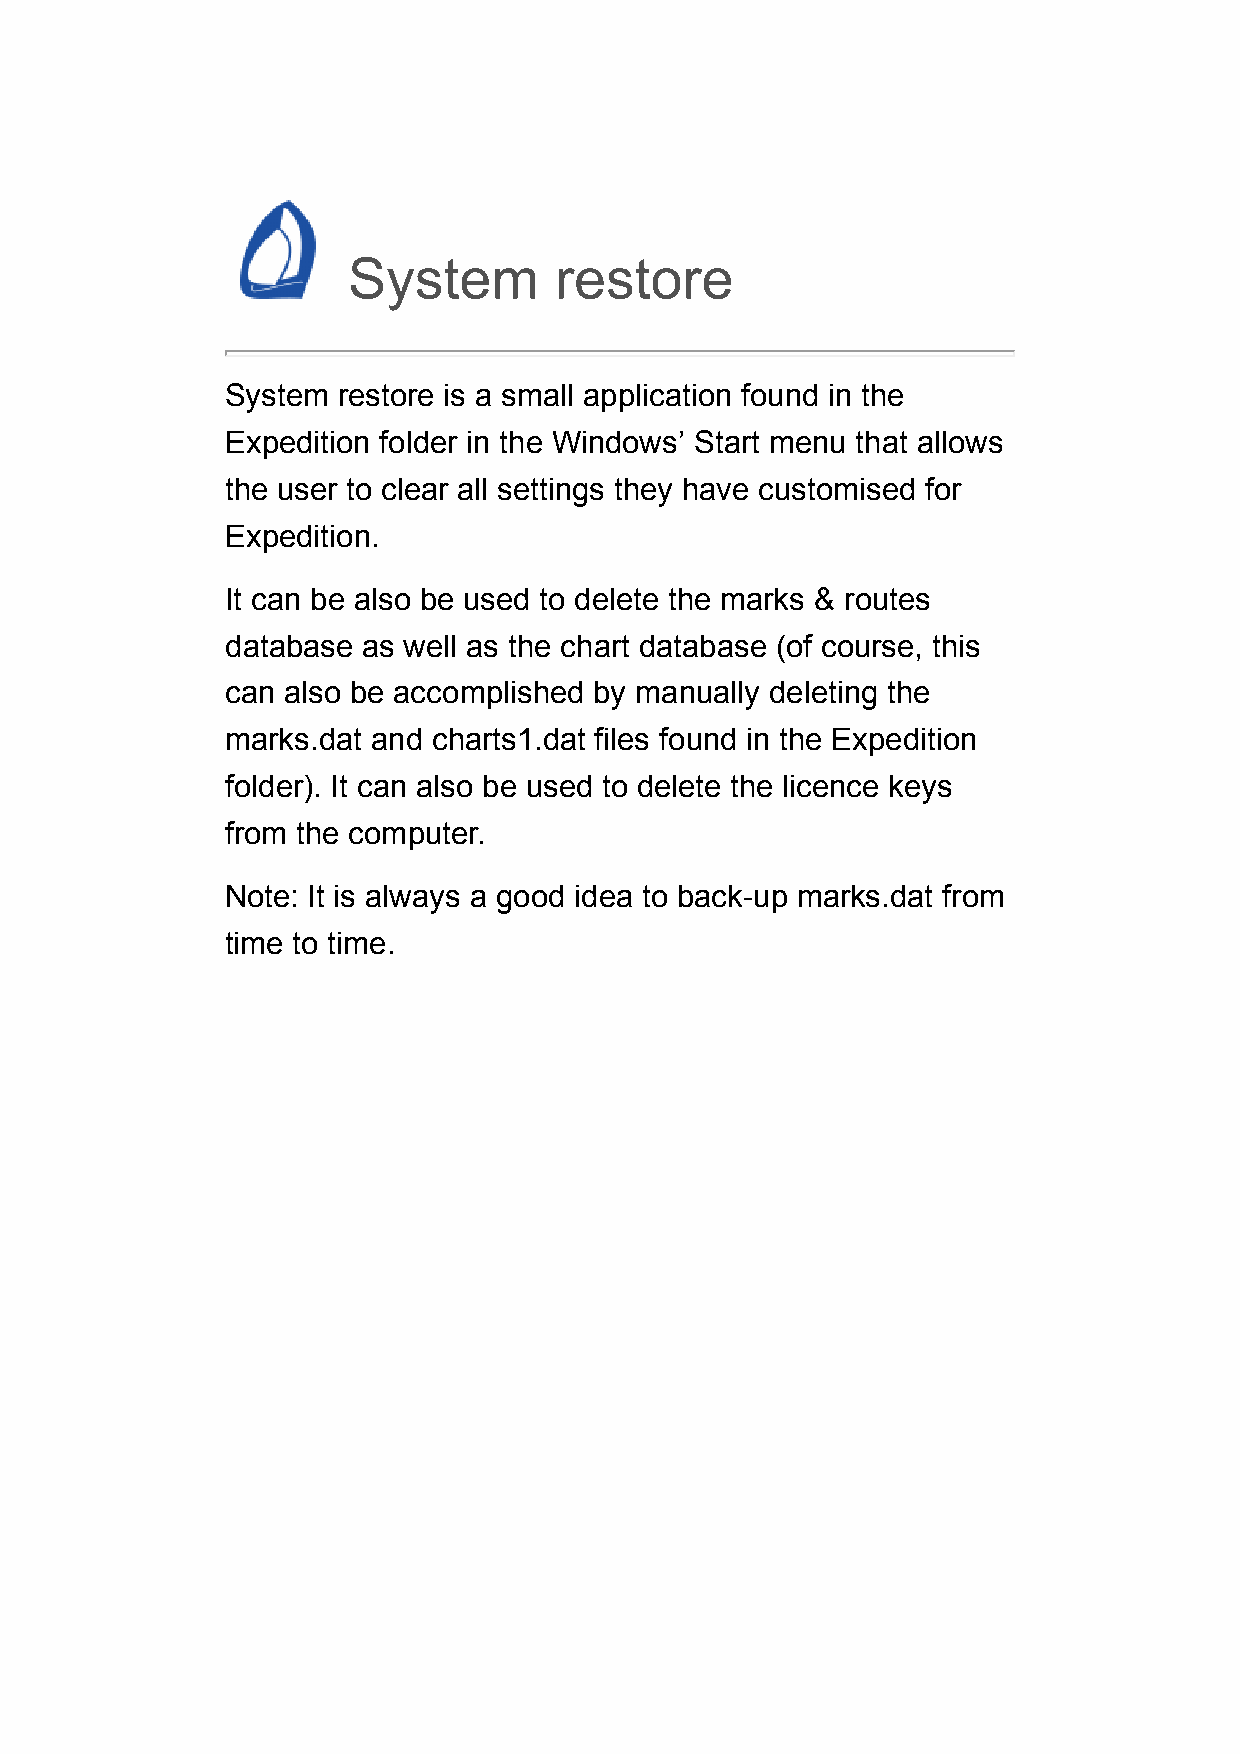
System        restore
 System restore is a small application found in the
 Expedition folder in the Windows’ Start menu that allows
 the user to clear all settings they have customised for
 Expedition.
 It can be also be used to delete the marks & routes
 database as well as the chart database (of course, this
 can also be accomplished by manually deleting the
 marks.dat and charts1.dat files found in the Expedition
 folder). It can also be used to delete the licence keys
 from the computer.
 Note: It is always a good idea to back-up marks.dat from
 time to time.